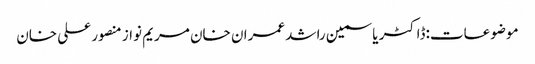
موضوعات:ڈاکٹر یاسمین راشد عمران خان مریم نواز منصور علی خان